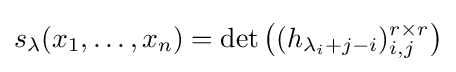
s_{\lambda }(x_{1},\ldots ,x_{n})=\det \left((h_{\lambda _{i}+j-i})_{i,j}^{r\times r}\right)